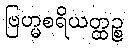
ဗြဟ္မစရိယတ္ထဉ္စ